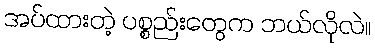
အပ်ထားတဲ့ ပစ္စည်းတွေက ဘယ်လိုလဲ။